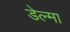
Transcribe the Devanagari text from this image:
डेल्मा